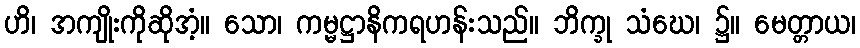
ဟိ၊ အကျိုးကိုဆိုအံ့။ သော၊ ကမ္မဋ္ဌာနိကရဟန်းသည်။ ဘိက္ခု သံဃေ၊ ၌။ မေတ္တာယ၊